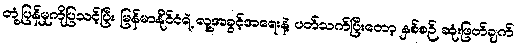
တုံ့ပြန်မှုကိုပြသင့်ပြီး မြန်မာနိုင်ငံရဲ့ လူ့အခွင့်အရေးနဲ့ ပတ်သက်ပြီးတော့ နှစ်စဉ် ဆုံးဖြတ်ချက်